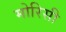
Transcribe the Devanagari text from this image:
मोरिसी